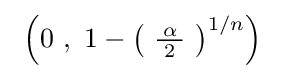
{\textstyle \ \left(0\ ,\ 1-\left(\ {\tfrac {\!\ \alpha \!\ }{2}}\ \right)^{1/n}\right)\ }